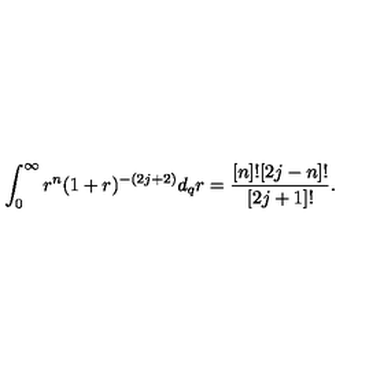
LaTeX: \int _ { 0 } ^ { \infty } r ^ { n } ( 1 + r ) ^ { - ( 2 j + 2 ) } d _ { q } r = \frac { [ n ] ! [ 2 j - n ] ! } { [ 2 j + 1 ] ! } .